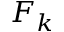
F _ { k }